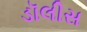
ડૉલીસ